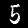
Digit: 5